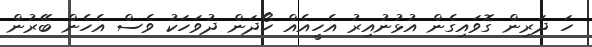
ހަ ދަރިން ގޮވައިގެން އުޅުނުއިރު އެހީއެއް ހޯދަން ދުވަހަކު ވެސް އެހެން ބޭރުން